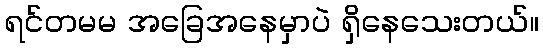
ရင်တမမ အခြေအနေမှာပဲ ရှိနေသေးတယ်။